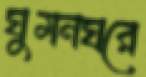
ঘুমনঘরে